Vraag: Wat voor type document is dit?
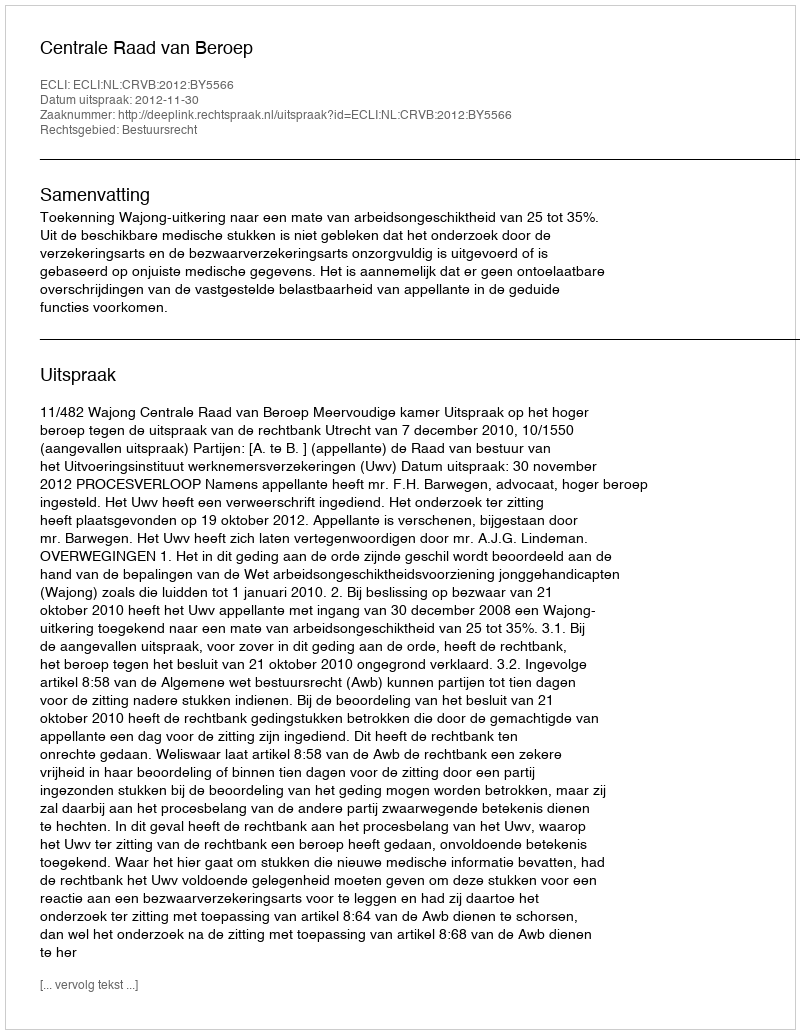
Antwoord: Uitspraak